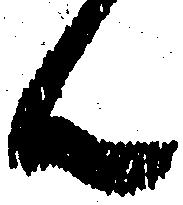
ん